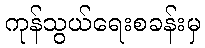
ကုန်သွယ်ရေးစခန်းမှ